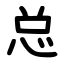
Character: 总